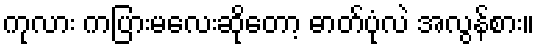
ကုလား ကပြားမလေးဆိုတော့ ဓာတ်ပုံလဲ အလွန်စား။